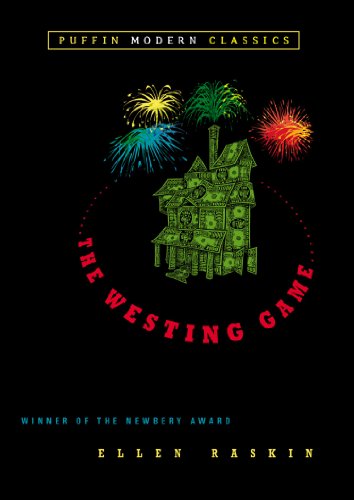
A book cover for The Westing Game (Puffin Modern Classics); Ellen Raskin; Children's Books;